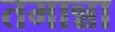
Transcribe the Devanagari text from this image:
तमान्ना